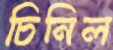
চিনিল